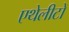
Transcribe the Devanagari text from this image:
एथेलीटों